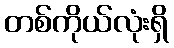
တစ်ကိုယ်လုံးရှိ